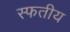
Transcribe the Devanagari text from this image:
स्फतीय